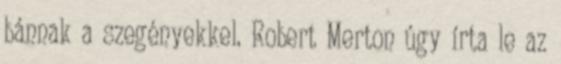
bánnak a szegényekkel. Robert Merton úgy írta le az